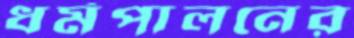
ধর্মপালনের